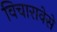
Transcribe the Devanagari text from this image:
विचारावेसे